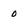
Character: 0